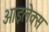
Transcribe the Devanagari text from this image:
आइलेक्स